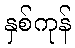
နှစ်ကုန်